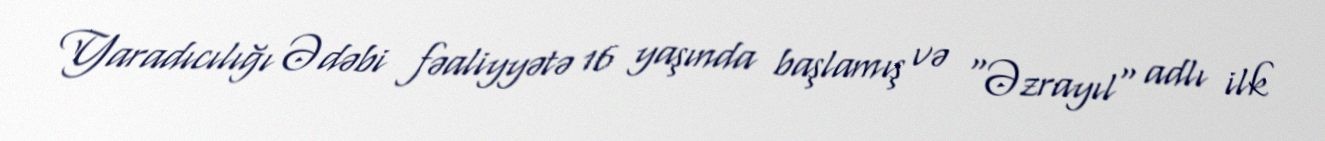
Yaradıcılığı Ədəbi fəaliyyətə 16 yaşında başlamış və "Əzrayıl" adlı ilk